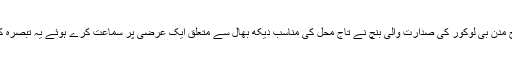
جج مدن بی لوکور کی صدارت والی بنچ نے تاج محل کی مناسب دیکھ بھال سے متعلق ایک عرضی پر سماعت کرے ہوئے یہ تبصرہ کیا۔